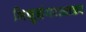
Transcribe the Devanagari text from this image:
भिक्षुग्रंथरत्नाकर